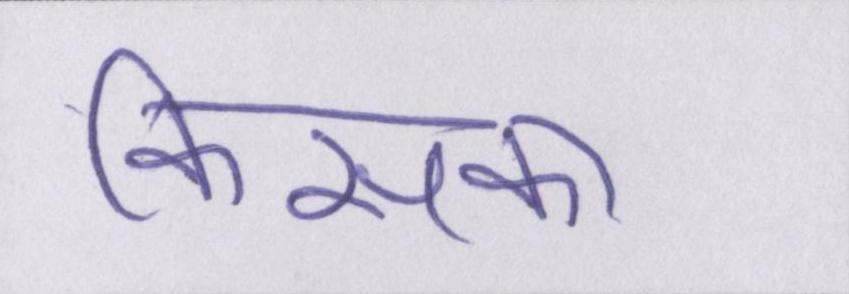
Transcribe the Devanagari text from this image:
किसका